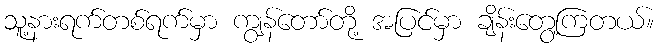
သူ့နားရက်တစ်ရက်မှာ ကျွန်တော်တို့ အပြင်မှာ ချိန်းတွေ့ကြတယ်။